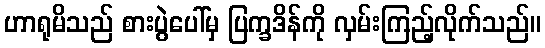
ဟာရုမိသည် စားပွဲပေါ်မှ ပြက္ခဒိန်ကို လှမ်းကြည့်လိုက်သည်။